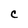
Character: c